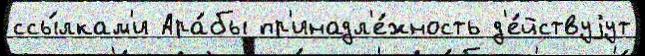
ссы́лкам'и Ара́бы пр'инадл'е́жность д'е́йствуjут